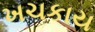
ખચકાય